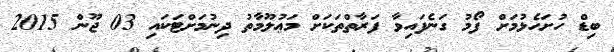
ބިޑް ހުށަހެޅުމަށް ފޯމު ގަނެފައިވާ ފަރާތްތަކަށް މަޢުލޫމާތު ދިނުމަށްޓަކައި 03 ޖޫން 2015